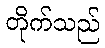
တိုက်သည်